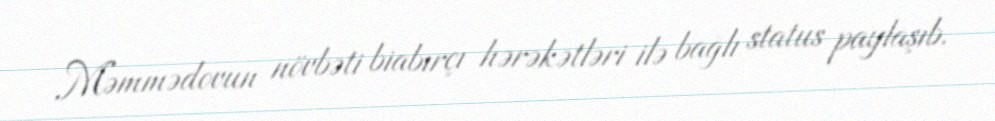
Məmmədovun növbəti biabırçı hərəkətləri ilə bağlı status paylaşıb.